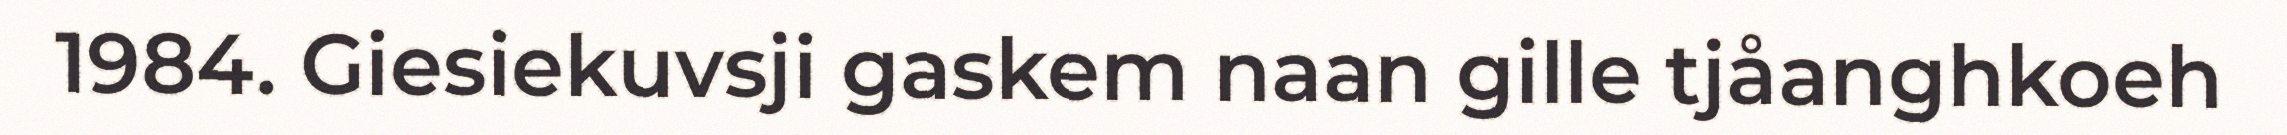
1984. Giesiekuvsji gaskem naan gille tjåanghkoeh